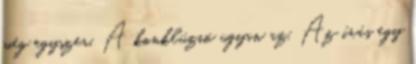
még egyszer. A konklúzió ugyan az. Az írás egy